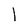
Character: l